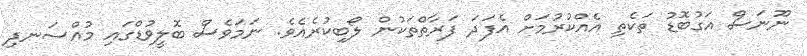
ނޫނަސް އަގުބޮޑު ތަކެތި އެއްކުރުމަށް އެފަދަ ފަރާތްތަކުން ލޯބިކުރެއެވެ. ނަމަވެސް ބޮލީވުޑްގައި މުއްސަނދި